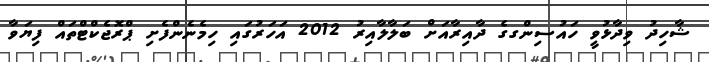
ޝާހިދު ވިދާޅުވީ ހައުސިންގގެ ދާއިރާއަށް ބަލާލާއިރު 2012 އަހަރުގައި ހިމެނެންފެށި ޕްރޮޖެކްޓްތައް ފިޔަވާ